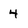
Character: 4